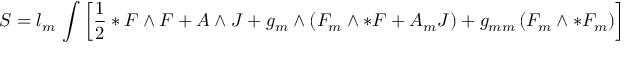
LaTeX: S = l _ { m } \, \int \left[ \frac { 1 } { 2 } * F \wedge F + A \wedge J + g _ { m } \wedge \left( F _ { m } \wedge * F + A _ { m } J \right) + g _ { m m } \left( F _ { m } \wedge * F _ { m } \right) \right]